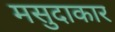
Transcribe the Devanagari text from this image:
मसुदाकार